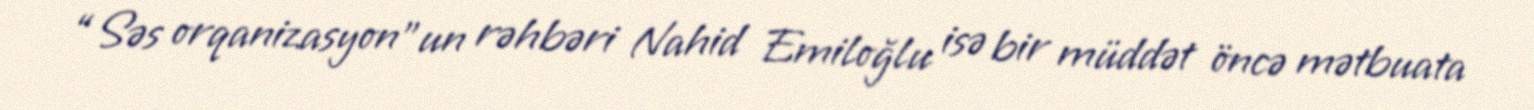
“Səs orqanizasyon”un rəhbəri Nahid Emiloğlu isə bir müddət öncə mətbuata